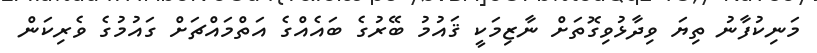
މަނިކުފާނު ތިޔަ ވިދާޅުވިގޮތަށް ނާޒިމަކީ ޤައުމު ބޭރުގެ ބައެއްގެ އަތްމައްޗަށް ގައުމުގެ ވެރިކަން